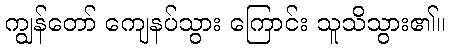
ကျွန်တော် ကျေနပ်သွား ကြောင်း သူသိသွား၏။